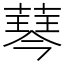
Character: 䔷